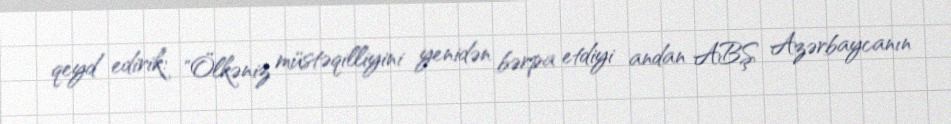
qeyd edirik: "Ölkəniz müstəqilliyini yenidən bərpa etdiyi andan ABŞ Azərbaycanın